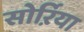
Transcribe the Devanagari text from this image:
सोर्ऱिया